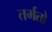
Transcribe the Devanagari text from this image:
तर्मतो